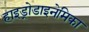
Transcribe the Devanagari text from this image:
हाइड्रोडाइनेमिका